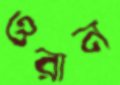
ওরান